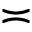
\asymp